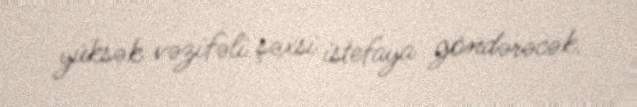
yüksək vəzifəli şəxsi istefaya göndərəcək.